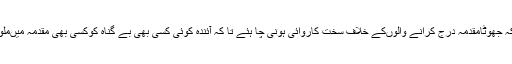
وکلاء نے کہا کہ جھوٹامقدمہ درج کرانے والوںکے خلاف سخت کاروائی ہونی چا ہئے تا کہ آئندہ کوئی کسی بھی بے گناہ کوکسی بھی مقدمہ میںملوث نہ کرسکے۔